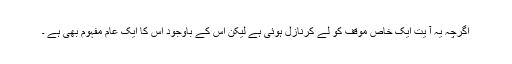
اگرچہ یہ آ یت ایک خاص موقف کو لے کرنازل ہوئی ہے لیکن اس کے باوجود اس کا ایک عام مفہوم بھی ہے ۔